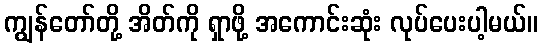
ကျွန်တော်တို့ အိတ်ကို ရှာဖို့ အကောင်းဆုံး လုပ်ပေးပါ့မယ်။